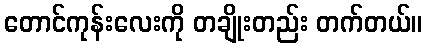
တောင်ကုန်းလေးကို တချိုးတည်း တက်တယ်။